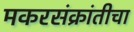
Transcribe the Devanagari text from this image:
मकरसंक्रांतीचा